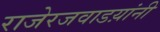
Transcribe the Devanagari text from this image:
राजेरजवाडय़ांनी